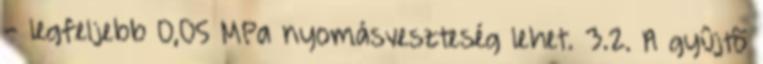
- legfeljebb 0,05 MPa nyomásveszteség lehet. 3.2. A gyûjtõ